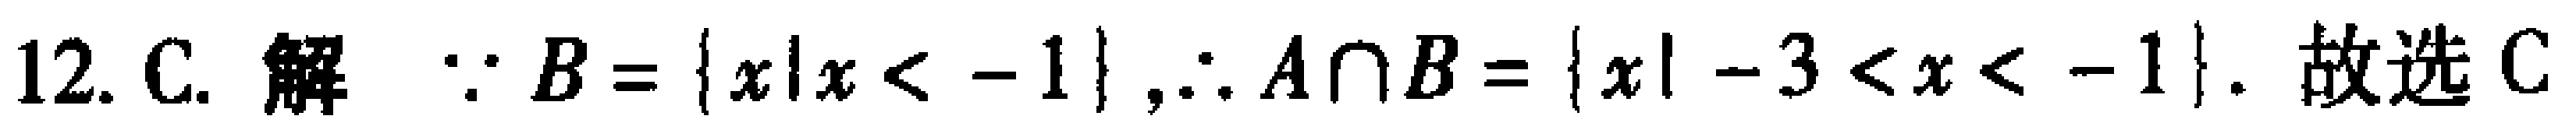
12. C. 解 $\because B = \{x|x < -1\},\therefore A\cap B = \{x|-3 < x < -1\}$. 故选 C